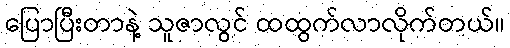
ပြောပြီးတာနဲ့ သူဇာလွင် ထထွက်လာလိုက်တယ်။